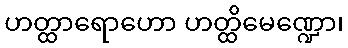
ဟတ္ထာရောဟော ဟတ္ထိမေဏ္ဍော၊